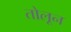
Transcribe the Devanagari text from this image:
तोलून